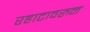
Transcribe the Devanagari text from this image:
रहाटावरुन